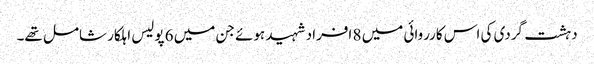
دہشت گردی کی اس کارروائی میں 8 افراد شہید ہوئے جن میں 6 پولیس اہلکار شامل تھے۔